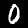
Digit: 0